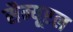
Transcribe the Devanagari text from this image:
सैम्यूएल